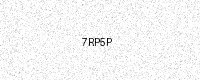
Text: 7RP5P